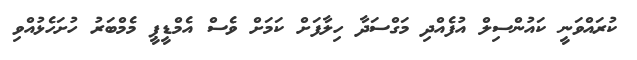
ކުރައްވަނީ ކައުންސިލް އުފެއްދި މަގްސަދާ ހިލާފަށް ކަމަށް ވެސް އެމްޑީޕީ މެމްބަރު ހުށަހެޅުއްވި